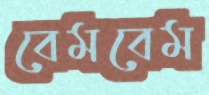
বেমবেম